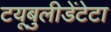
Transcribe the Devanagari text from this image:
टयूबुलीडेंटेटा